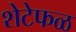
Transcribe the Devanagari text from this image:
शेटेफळ